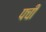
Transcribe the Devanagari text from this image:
पची